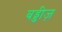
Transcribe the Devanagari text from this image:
बड्डीज़